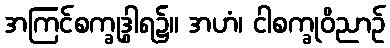
အကြင်စက္ခုဒွါရ၌။ အဟံ၊ ငါစက္ခုဝိညာဉ်